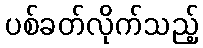
ပစ်ခတ်လိုက်သည့်